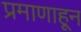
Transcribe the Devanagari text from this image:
प्रमाणाहून